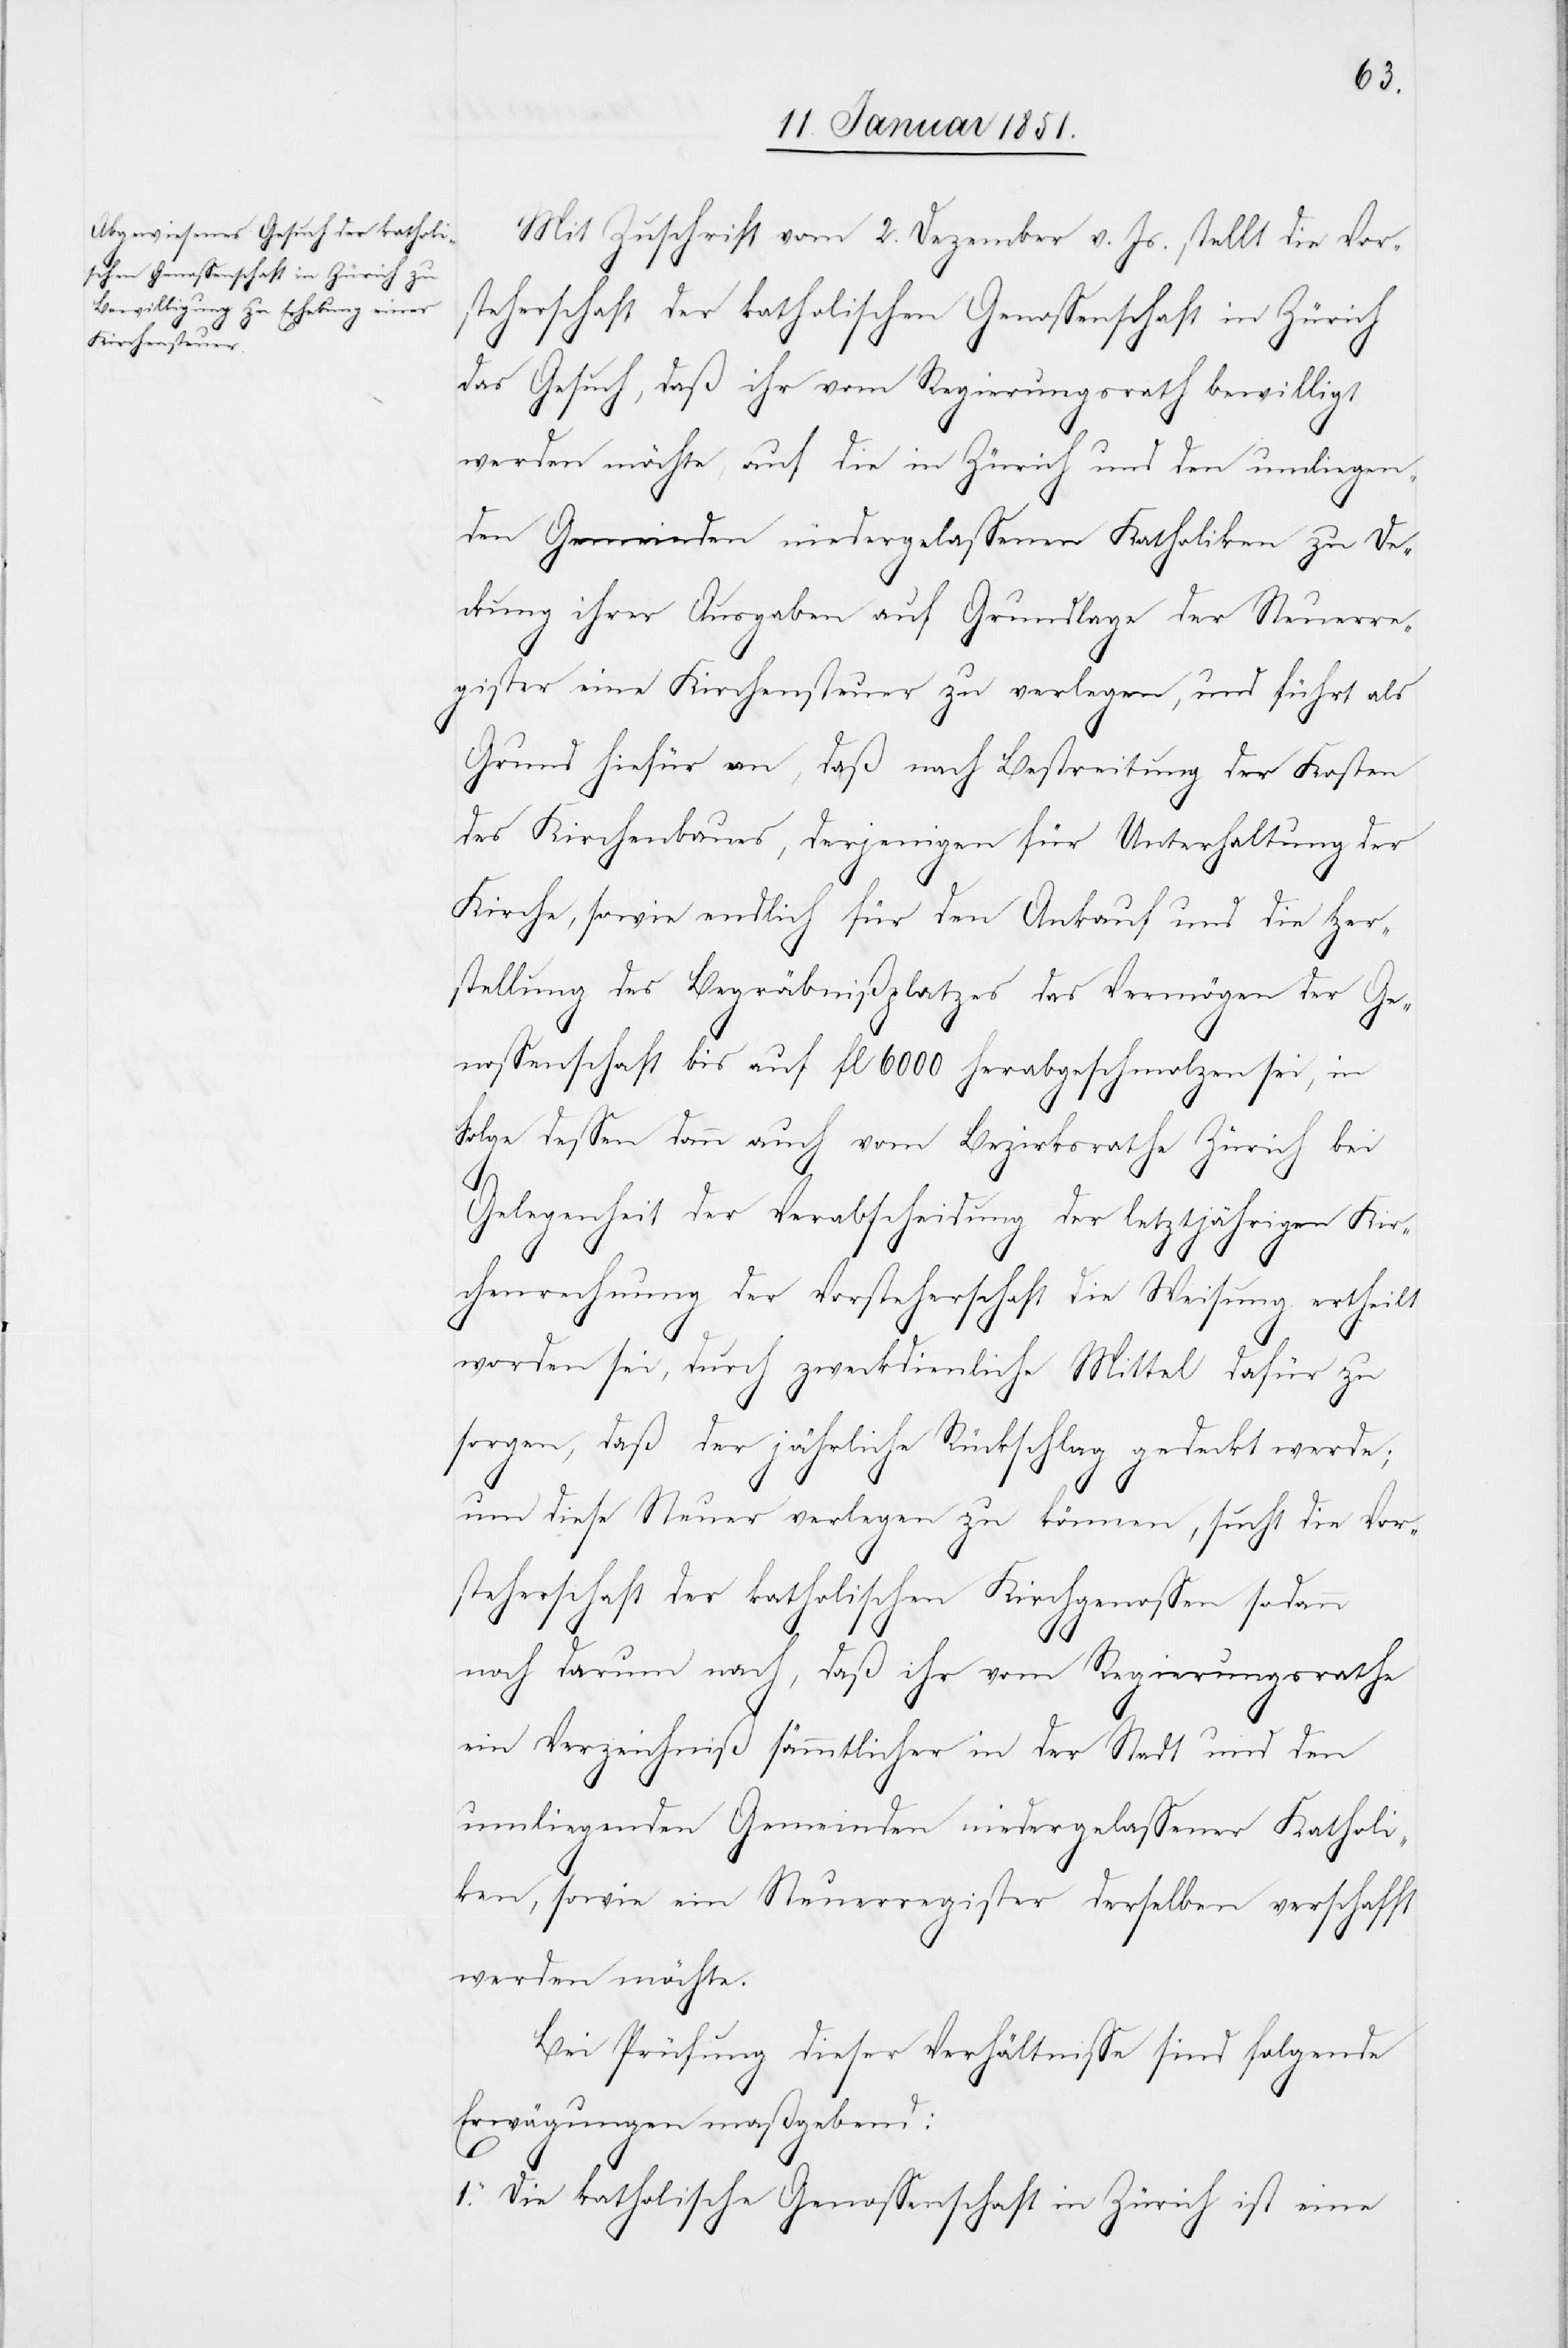
Mit Zuschrift vom 2. Dezember v. Js. stellt die Vor¬
steherschaft der katholischen Genossenschaft in Zürich
das Gesuch, daß ihr vom Regierungsrath bewilligt
werden möchte, auf die in Zürich und den umliegen¬
den Gemeinden niedergelassenen Katholiken zu De¬
ckung ihrer Ausgaben auf Grundlage der Steuerre¬
gister eine Kirchensteuer zu verlegen, und führt als
Grund hiefür an, daß nach Bestreitung der Kosten
des Kirchenbaues, derjenigen für Unterhaltung der
Kirche, sowie endlich für den Ankauf und die Her¬
stellung des Begräbnißplatzes das Vermögen der Ge¬
nossenschaft bis auf fl. 6000 herabgeschmolzen sei, in
Folge dessen dann auch vom Bezirksrathe Zürich bei
Gelegenheit der Verabscheidung der letztjährigen Kir¬
chenrechnung der Vorsteherschaft die Weisung ertheilt
worden sei, durch zweckdienliche Mittel dafür zu
sorgen, daß der jährliche Rückschlag gedeckt werde;
um diese Steuer verlegen zu können, sucht die Vor¬
steherschaft der katholischen Kirchgenossen sodann
noch darum nach, daß ihr vom Regierungsrathe
ein Verzeichniß sämmtlicher in der Stadt und den
umliegenden Gemeinden niedergelassener Katholi¬
ken, sowie ein Steuerregister derselben verschafft
werden möchte.
Bei Prüfung dieser Verhältnisse sind folgende
Erwägungen maßgebend:
1. Die katholische Genossenschaft in Zürich ist eine